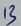
Text: 13